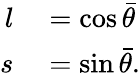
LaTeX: \begin{array}{rl}{l}&{{}=\cos\bar{\theta}}\\ {s}&{{}=\sin\bar{\theta}.}\end{array}